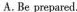
A. Be prepared.